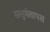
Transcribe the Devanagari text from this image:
सलुमंतापस